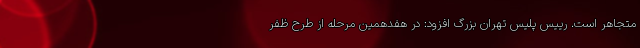
متجاهر است. رییس پلیس تهران بزرگ افزود: در هفدهمین مرحله از طرح ظفر